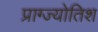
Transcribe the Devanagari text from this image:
प्राग्ज्योतिश